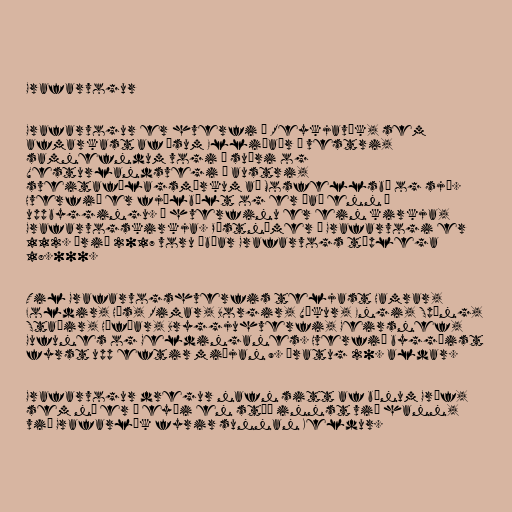
Grafarvogur

Grafarvogur er hverfi í Reykjavík, sem
afmarkast af ósum Elliðaár í vestri,
samnefndum vogi í suðri og
Vesturlandsvegi í austri,
sveitafélagsmörkum að Mosfellsbæ og sjó.
Hverfið er fjölbýlt og er það enn í
uppbyggingu. Í hverfinu er ein kirkja,
Grafarvogskirkja. Póstnúmer í Grafarvogi er
112. Árið 2017 voru íbúar Grafarvogs tæplega
18.000.

Til Grafarvogshverfis teljast Hamrar,
Foldir, Hús, Rimar, Borgir, Víkur, Engi, Spöng,
Staðir, Höfðar, Bryggjuhverfi, Geirsnef,
Gufunes og Geldinganes. Hverfið byggðist
fyrst upp eftir miðjan 9. áratug 20. aldar.

Grafarvogur dregur nafn sitt af bænum Gröf,
sem nú er í eyði en stóð innst við hann,
við Grafarlæk fyrir sunnan Keldur.